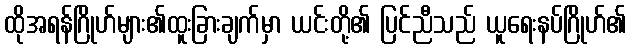
ထိုအရန်ဂြိုဟ်များ၏ထူးခြားချက်မှာ ယင်းတို့၏ ပြင်ညီသည် ယူရေးနပ်ဂြိုဟ်၏